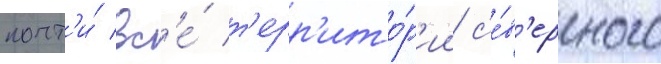
почт'и́ вс'е́ т'ерр'ито́р'ии с'е́в'ерного